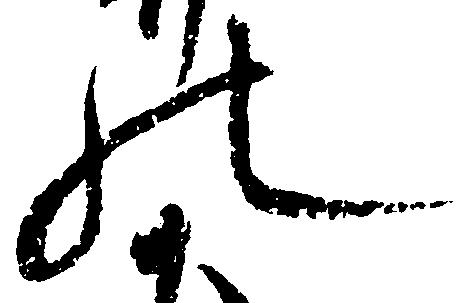
の